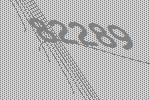
82289